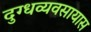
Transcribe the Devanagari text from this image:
दुग्धव्यवसायास